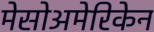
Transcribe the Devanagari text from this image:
मेसोअमेरिकेन